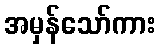
အမှန်သော်ကား